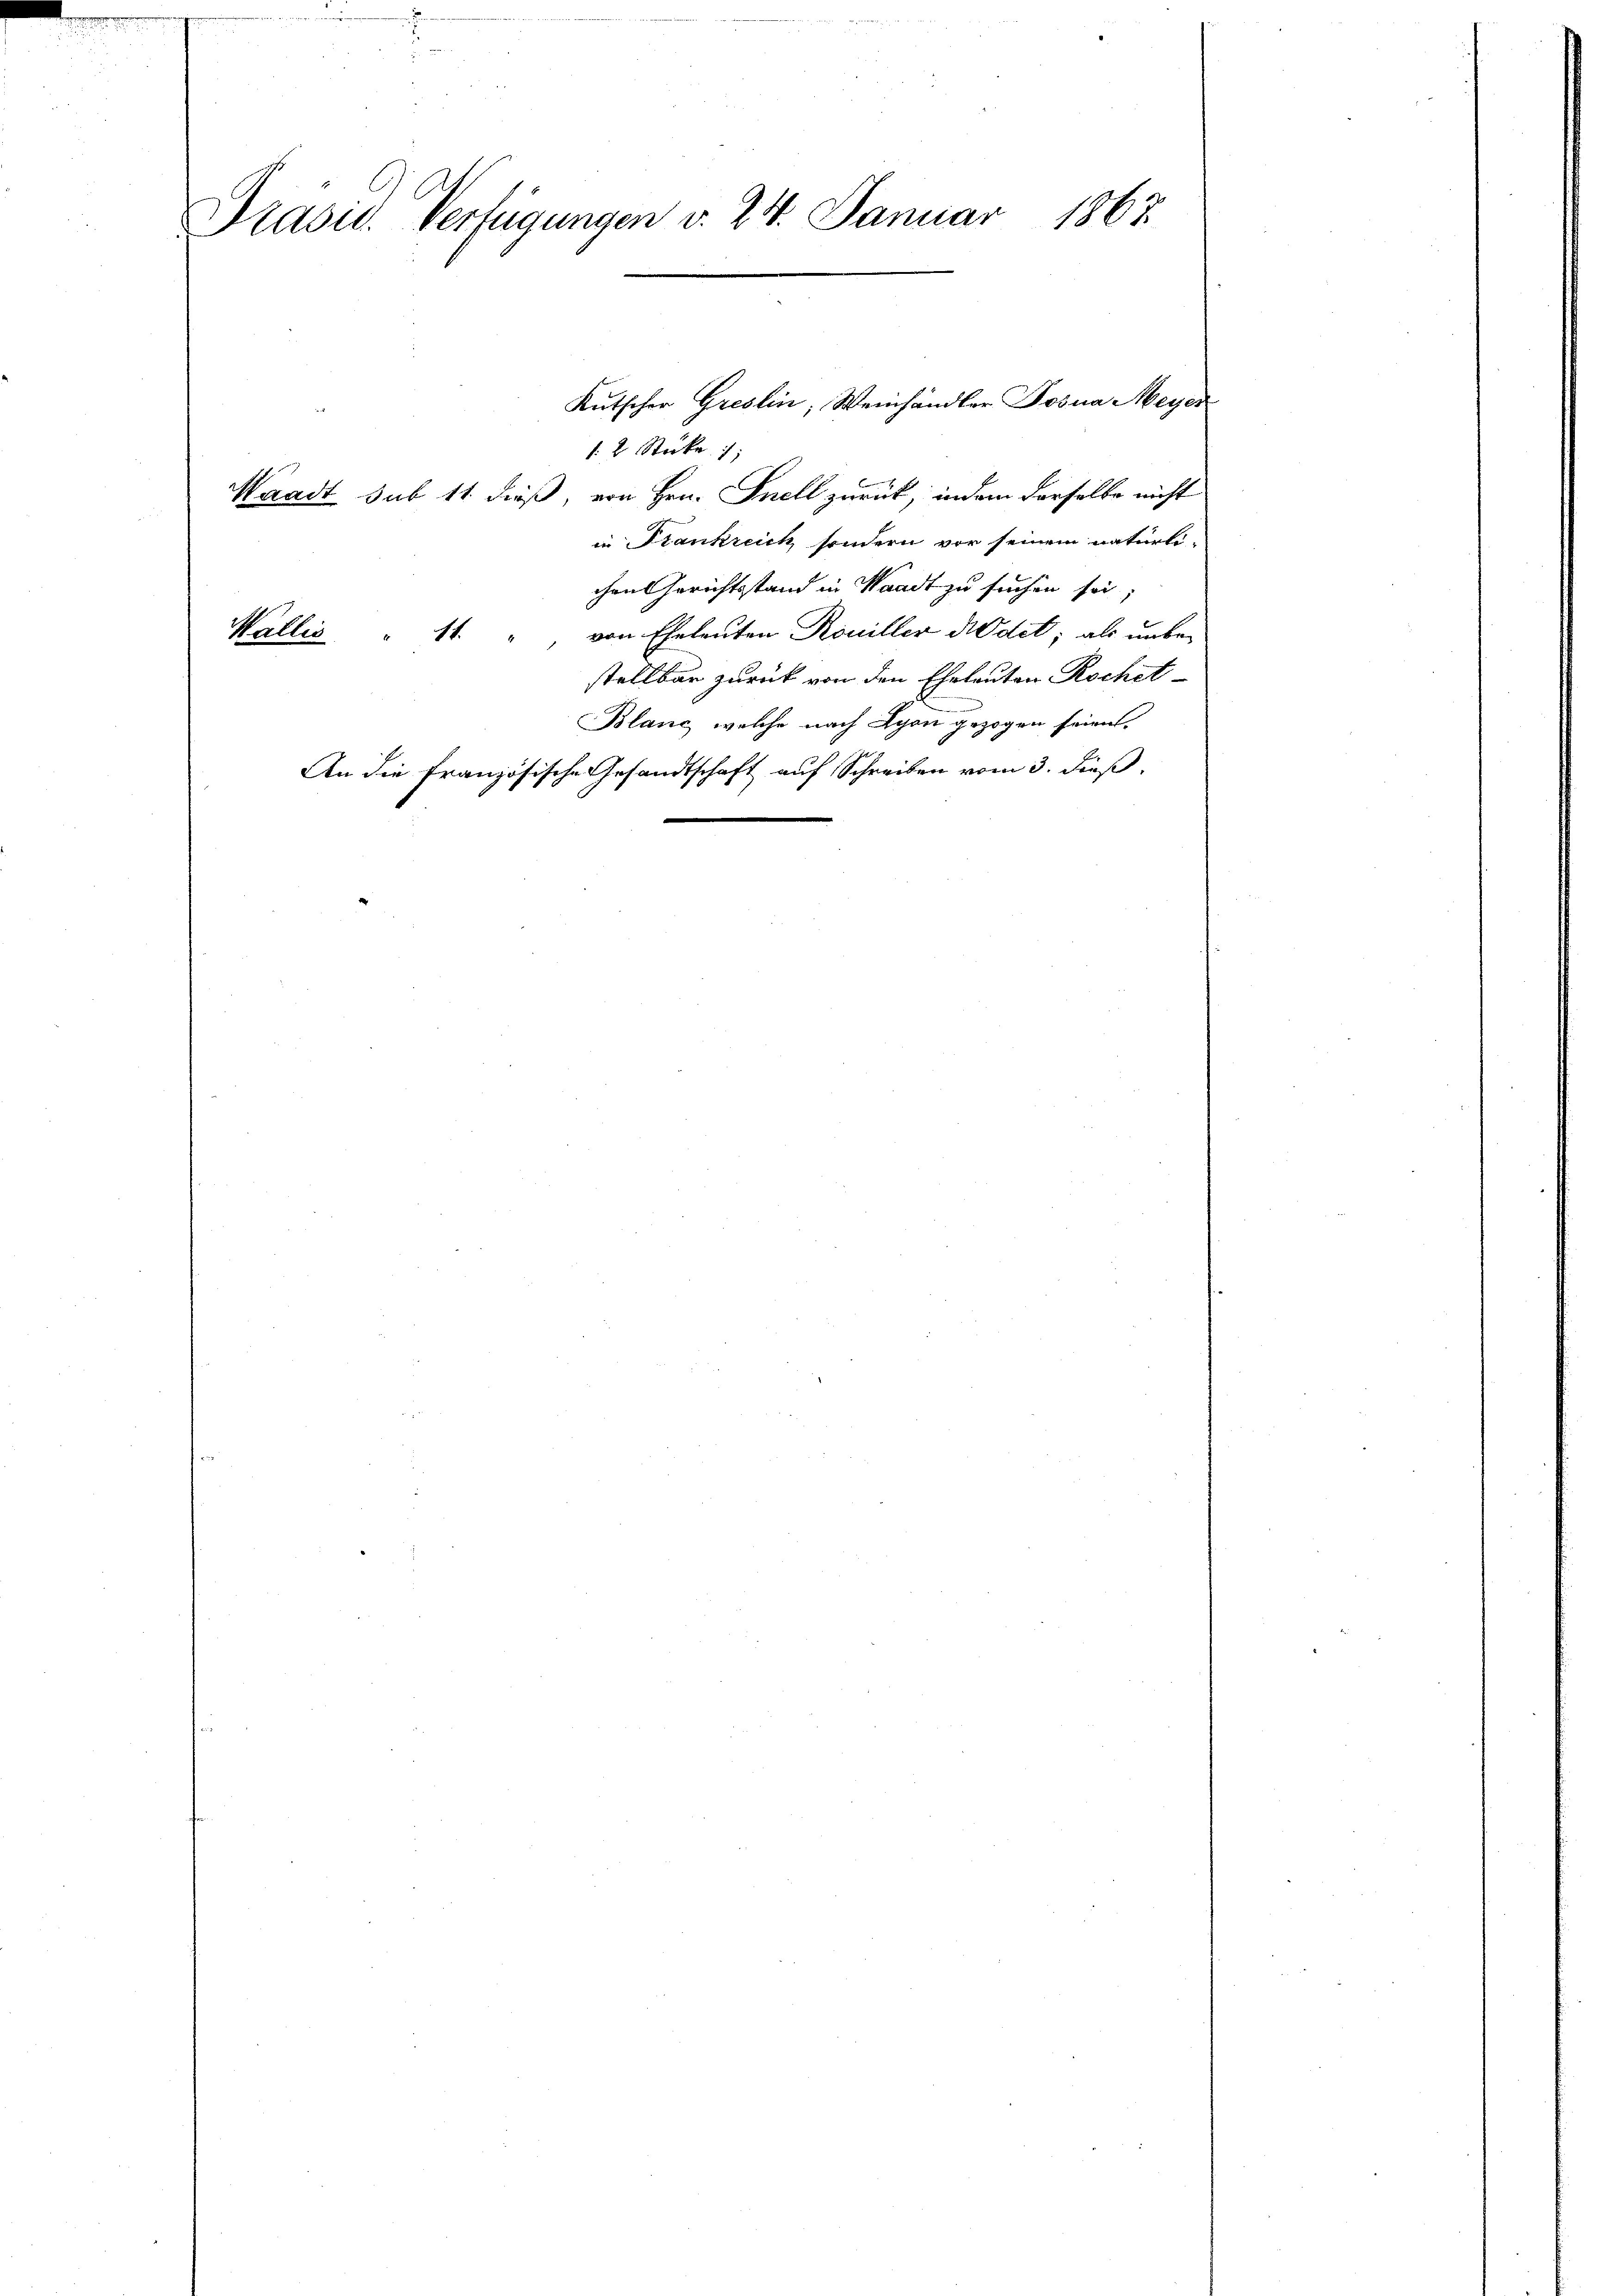
Prasid. Verfügungen d. 24. Januar 1863.

12 Stücke
Waadt sub 11. dieß, von Hrn. Snell zurück, indem derselbe nicht
in Stankreich sondern vor seinem natürli-
chen Gerichtsstand in Waadt zu suchen sei
Wallis " 11. " von Eheleuten Rouiller Kodet; als unbestellbar zurück von den Eheleuten Rochet
Blanc, welche nach Lyon gezogen seien.
An die Französische Gesandtschaft auf Schreiben vom 3. dieß.

Kutscher Greslin, Weinhändler Josia Meyer